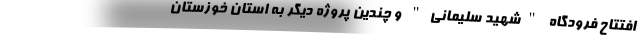
افتتاح فرودگاه "شهید سلیمانی" و چندین پروژه‌ دیگر به استان خوزستان